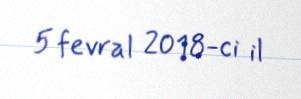
5 fevral 2018-ci il